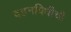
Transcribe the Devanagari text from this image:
दहनविधीची